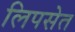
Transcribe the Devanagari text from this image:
लिपसेत